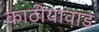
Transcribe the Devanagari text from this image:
काठीयाव़ाड